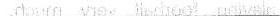
___